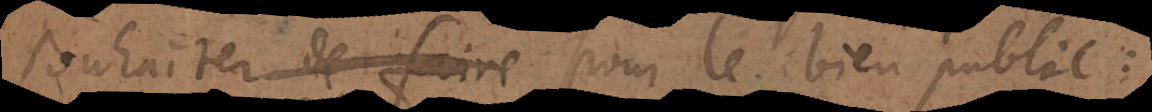
souhaiter de faire pour le bien public: